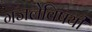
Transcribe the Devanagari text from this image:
गजलेविषयी